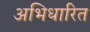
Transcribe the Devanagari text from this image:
अभिधारित